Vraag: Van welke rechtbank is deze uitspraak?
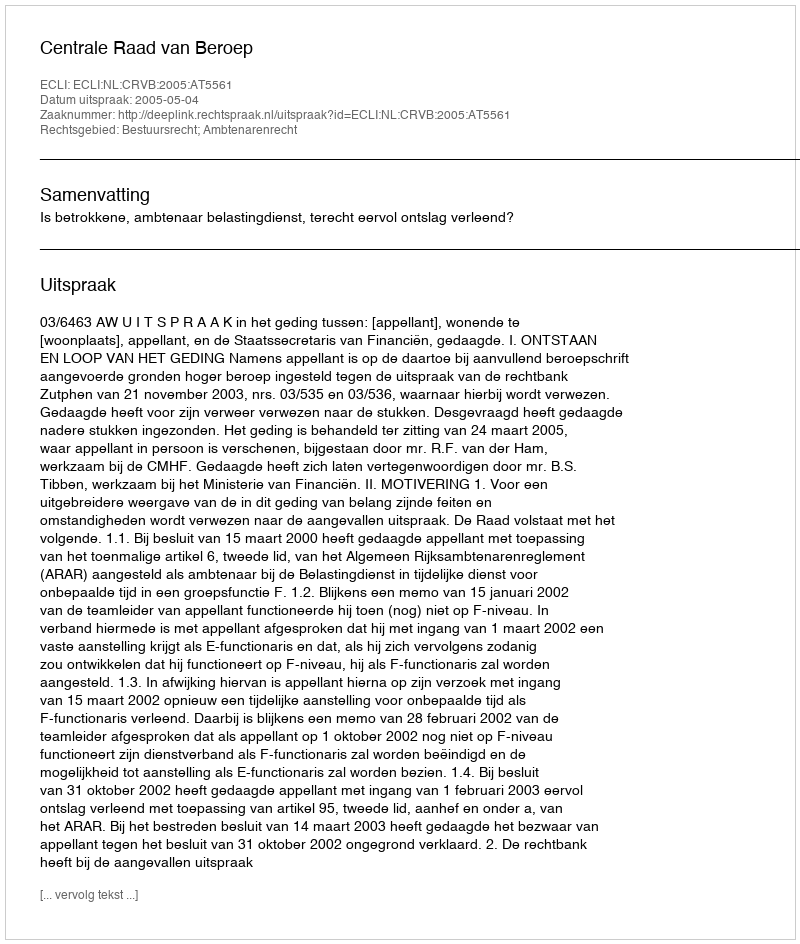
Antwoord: Centrale Raad van Beroep